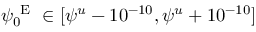
\psi _ { 0 } ^ { \mathrm { ~ E ~ } } \in [ \psi ^ { u } - 1 0 ^ { - 1 0 } , \psi ^ { u } + 1 0 ^ { - 1 0 } ]